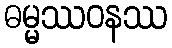
ဓမ္မဿဝနဿ